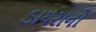
ડાયરાનો